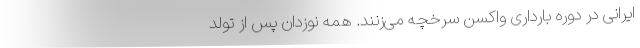
ایرانی در دوره بارداری واکسن سرخچه می‌زنند. همه نوزدان پس از تولد